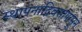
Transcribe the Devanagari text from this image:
स्थापनादिवसापासून